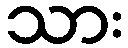
သား